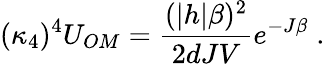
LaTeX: (\kappa_{4})^{4}U_{OM}=\frac{(|h|\beta)^{2}}{2dJV}e^{-J\beta}\; .